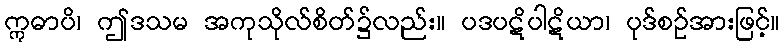
ဣဓာပိ၊ ဤဒသမ အကုသိုလ်စိတ်၌လည်း။ ပဒပဋိပါဋိယာ၊ ပုဒ်စဉ်အားဖြင့်။